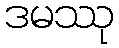
ဒမဿု